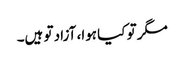
مگر تو کیا ہوا، آزاد تو ہیں۔